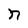
Character: n